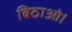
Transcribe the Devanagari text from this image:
बिठाओ।